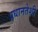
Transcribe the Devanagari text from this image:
प्रधानतेशी